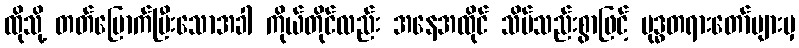
ထိုသို့ တတ်မြောက်ပြီးသောအခါ ကိုယ်တိုင်လည်း အနေအထိုင် သိပ်သည်းစွာဖြင့် ဗုဒ္ဓတရားတော်များမှ